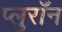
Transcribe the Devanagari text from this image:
प्लुराँन